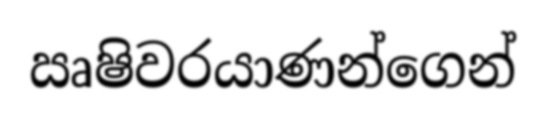
ඍෂිවරයාණන්ගෙන්